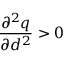
\frac { \partial ^ { 2 } q } { \partial d ^ { 2 } } > 0